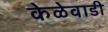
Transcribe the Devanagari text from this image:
केळेवाडी